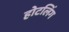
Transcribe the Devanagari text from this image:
होटलिंग